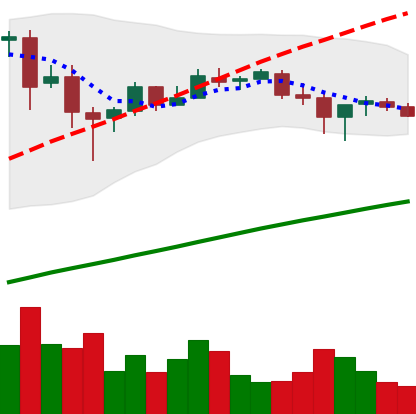
Ticker: BTC-USD
Chart end date: 2017-06-30
Forward return: 4.883%
Label: up_3_5